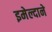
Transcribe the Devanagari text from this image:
इमेल्दाने